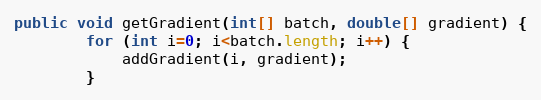
Language: Java
public void getGradient(int[] batch, double[] gradient) {
        for (int i=0; i<batch.length; i++) {
            addGradient(i, gradient);
        }